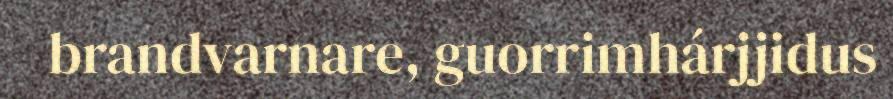
brandvarnare, guorrimhárjjidus